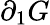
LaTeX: \partial_{1}G